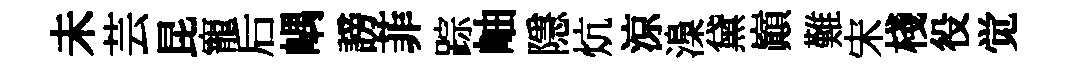
未芸昆寵后嵎謗菲踪岫隱炕涼𣻏黛巔難宋棧役觉